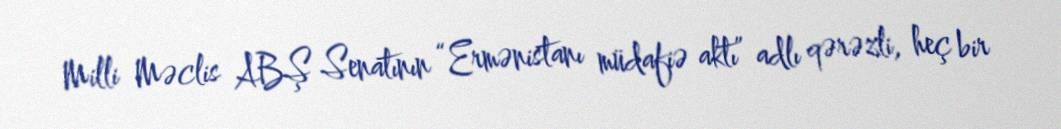
Milli Məclis ABŞ Senatının “Ermənistanı müdafiə aktı” adlı qərəzli, heç bir